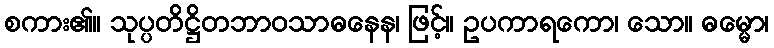
စကား၏။ သုပ္ပတိဋ္ဌိတဘာဝသာဓနေန၊ ဖြင့်။ ဥပကာရကော၊ သော။ ဓမ္မော၊